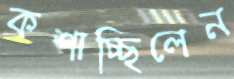
কশাচ্ছিলেন